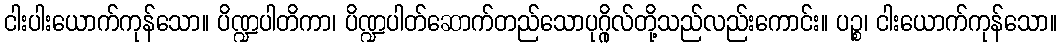
ငါးပါးယောက်ကုန်သော။ ပိဏ္ဍပါတိကာ၊ ပိဏ္ဍပါတ်ဆောက်တည်သောပုဂ္ဂိုလ်တို့သည်လည်းကောင်း။ ပဉ္စ၊ ငါးယောက်ကုန်သော။